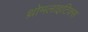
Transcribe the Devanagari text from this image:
थ्रोमलाइटिक्स